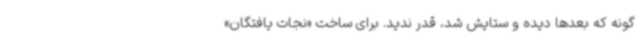
گونه که بعدها دیده و ستایش شد، قدر ندید. برای ساخت «نجات یافتگان»